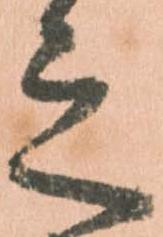
之